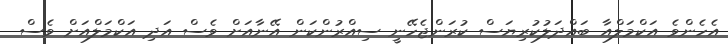
އެހެންވެ އަކްމަލްއާ ބައްދަލުކުރިޔަސް ކުރަންޖެހޭނީ ސިއްރުންކަން އޭނާއަށް ވެސް އަދި އަކްމަލްއަށް ވެސް